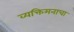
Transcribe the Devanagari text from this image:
व्यक्तिमनाचा